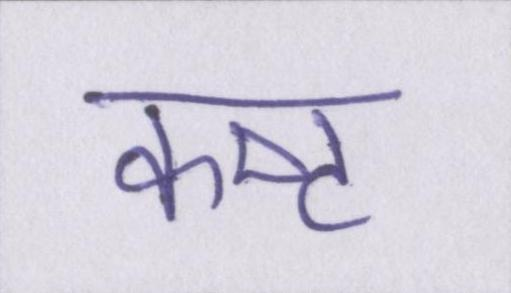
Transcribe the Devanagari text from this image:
कष्ट